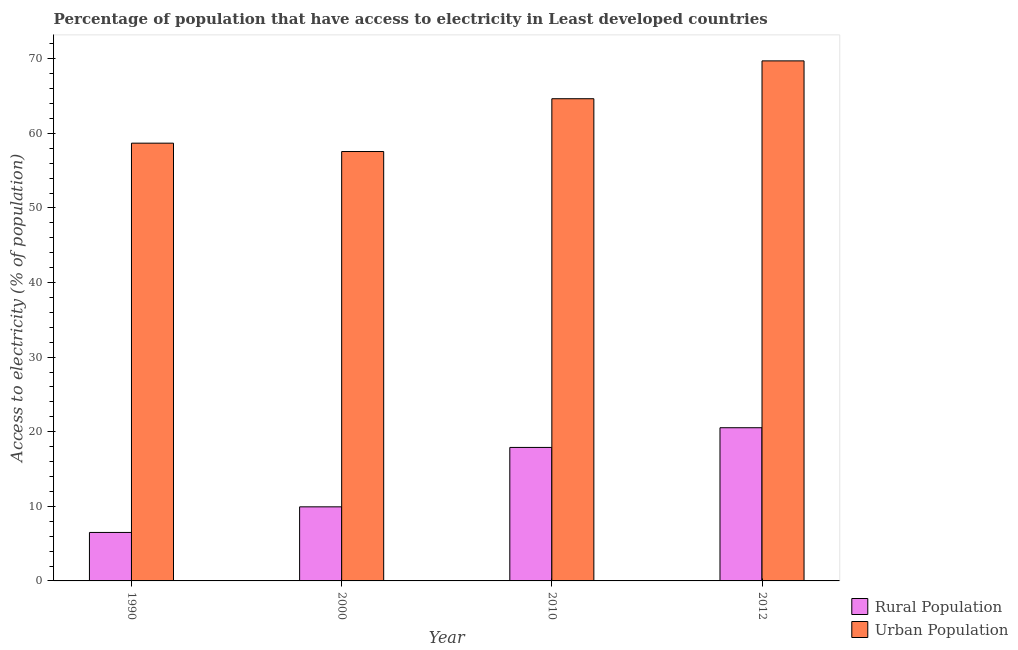
| Year | Rural Population | Urban Population |
 | --- | --- | --- |
 | 1990 | 6.5 | 58.7 |
 | 2000 | 9.93 | 57.6 |
 | 2010 | 17.9 | 64.6 |
 | 2012 | 20.5 | 69.7 |